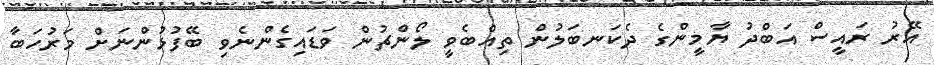
އޭރު ރައީސް އަބްދު ޔާމީންގެ ދެކަނބަލުން ތިއްބެވީ ލޯންޗުން ވަޑައިގެންނެވި ބޭފުޅުންނަށް މަރުހަބާ